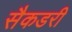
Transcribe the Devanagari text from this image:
सैकडरी